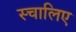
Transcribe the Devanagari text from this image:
स्चालिए